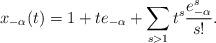
LaTeX: \begin{align*}x_{-\alpha}(t)=1+te_{-\alpha}+\sum_{s>1}t^s\frac{e_{-\alpha}^s}{s!}.\end{align*}